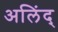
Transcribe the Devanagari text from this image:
अलिंद्